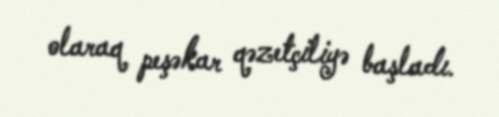
olaraq peşəkar qəzetçiliyə başladı.